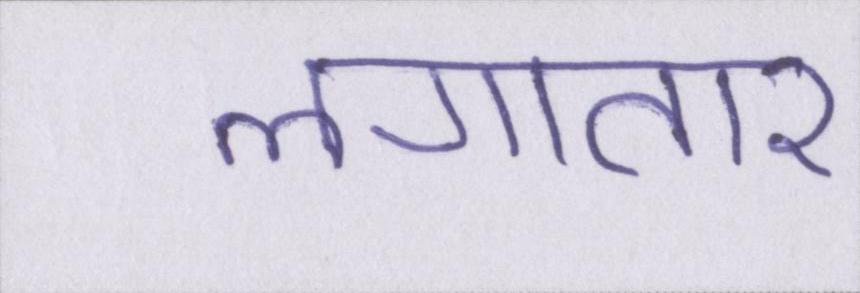
लगातार